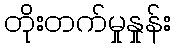
တိုးတက်မှုနှုန်း